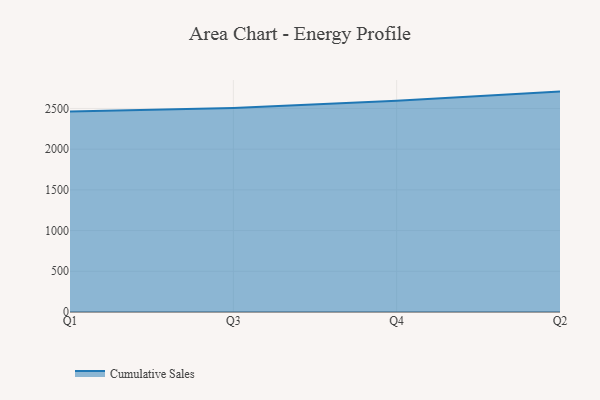
{"axis": {"x": "Quarter", "y": "Website Visitors"}, "legend": ["Cumulative Sales"], "data": [{"x": "Q1", "y": 2462.6, "type": "Cumulative Sales"}, {"x": "Q3", "y": 2505.9, "type": "Cumulative Sales"}, {"x": "Q4", "y": 2593.0, "type": "Cumulative Sales"}, {"x": "Q2", "y": 2706.9, "type": "Cumulative Sales"}]}